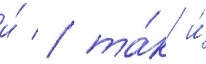
и́ / та́к и́